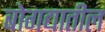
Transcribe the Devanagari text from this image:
बोगद्यातील